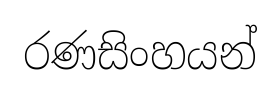
රණසිංහයන්